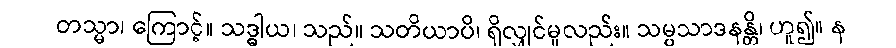
တသ္မာ၊ ကြောင့်။ သဒ္ဓါယ၊ သည်။ သတိယာပိ၊ ရှိလျှင်မူလည်း။ သမ္ပသာဒနန္တိ၊ ဟူ၍။ န